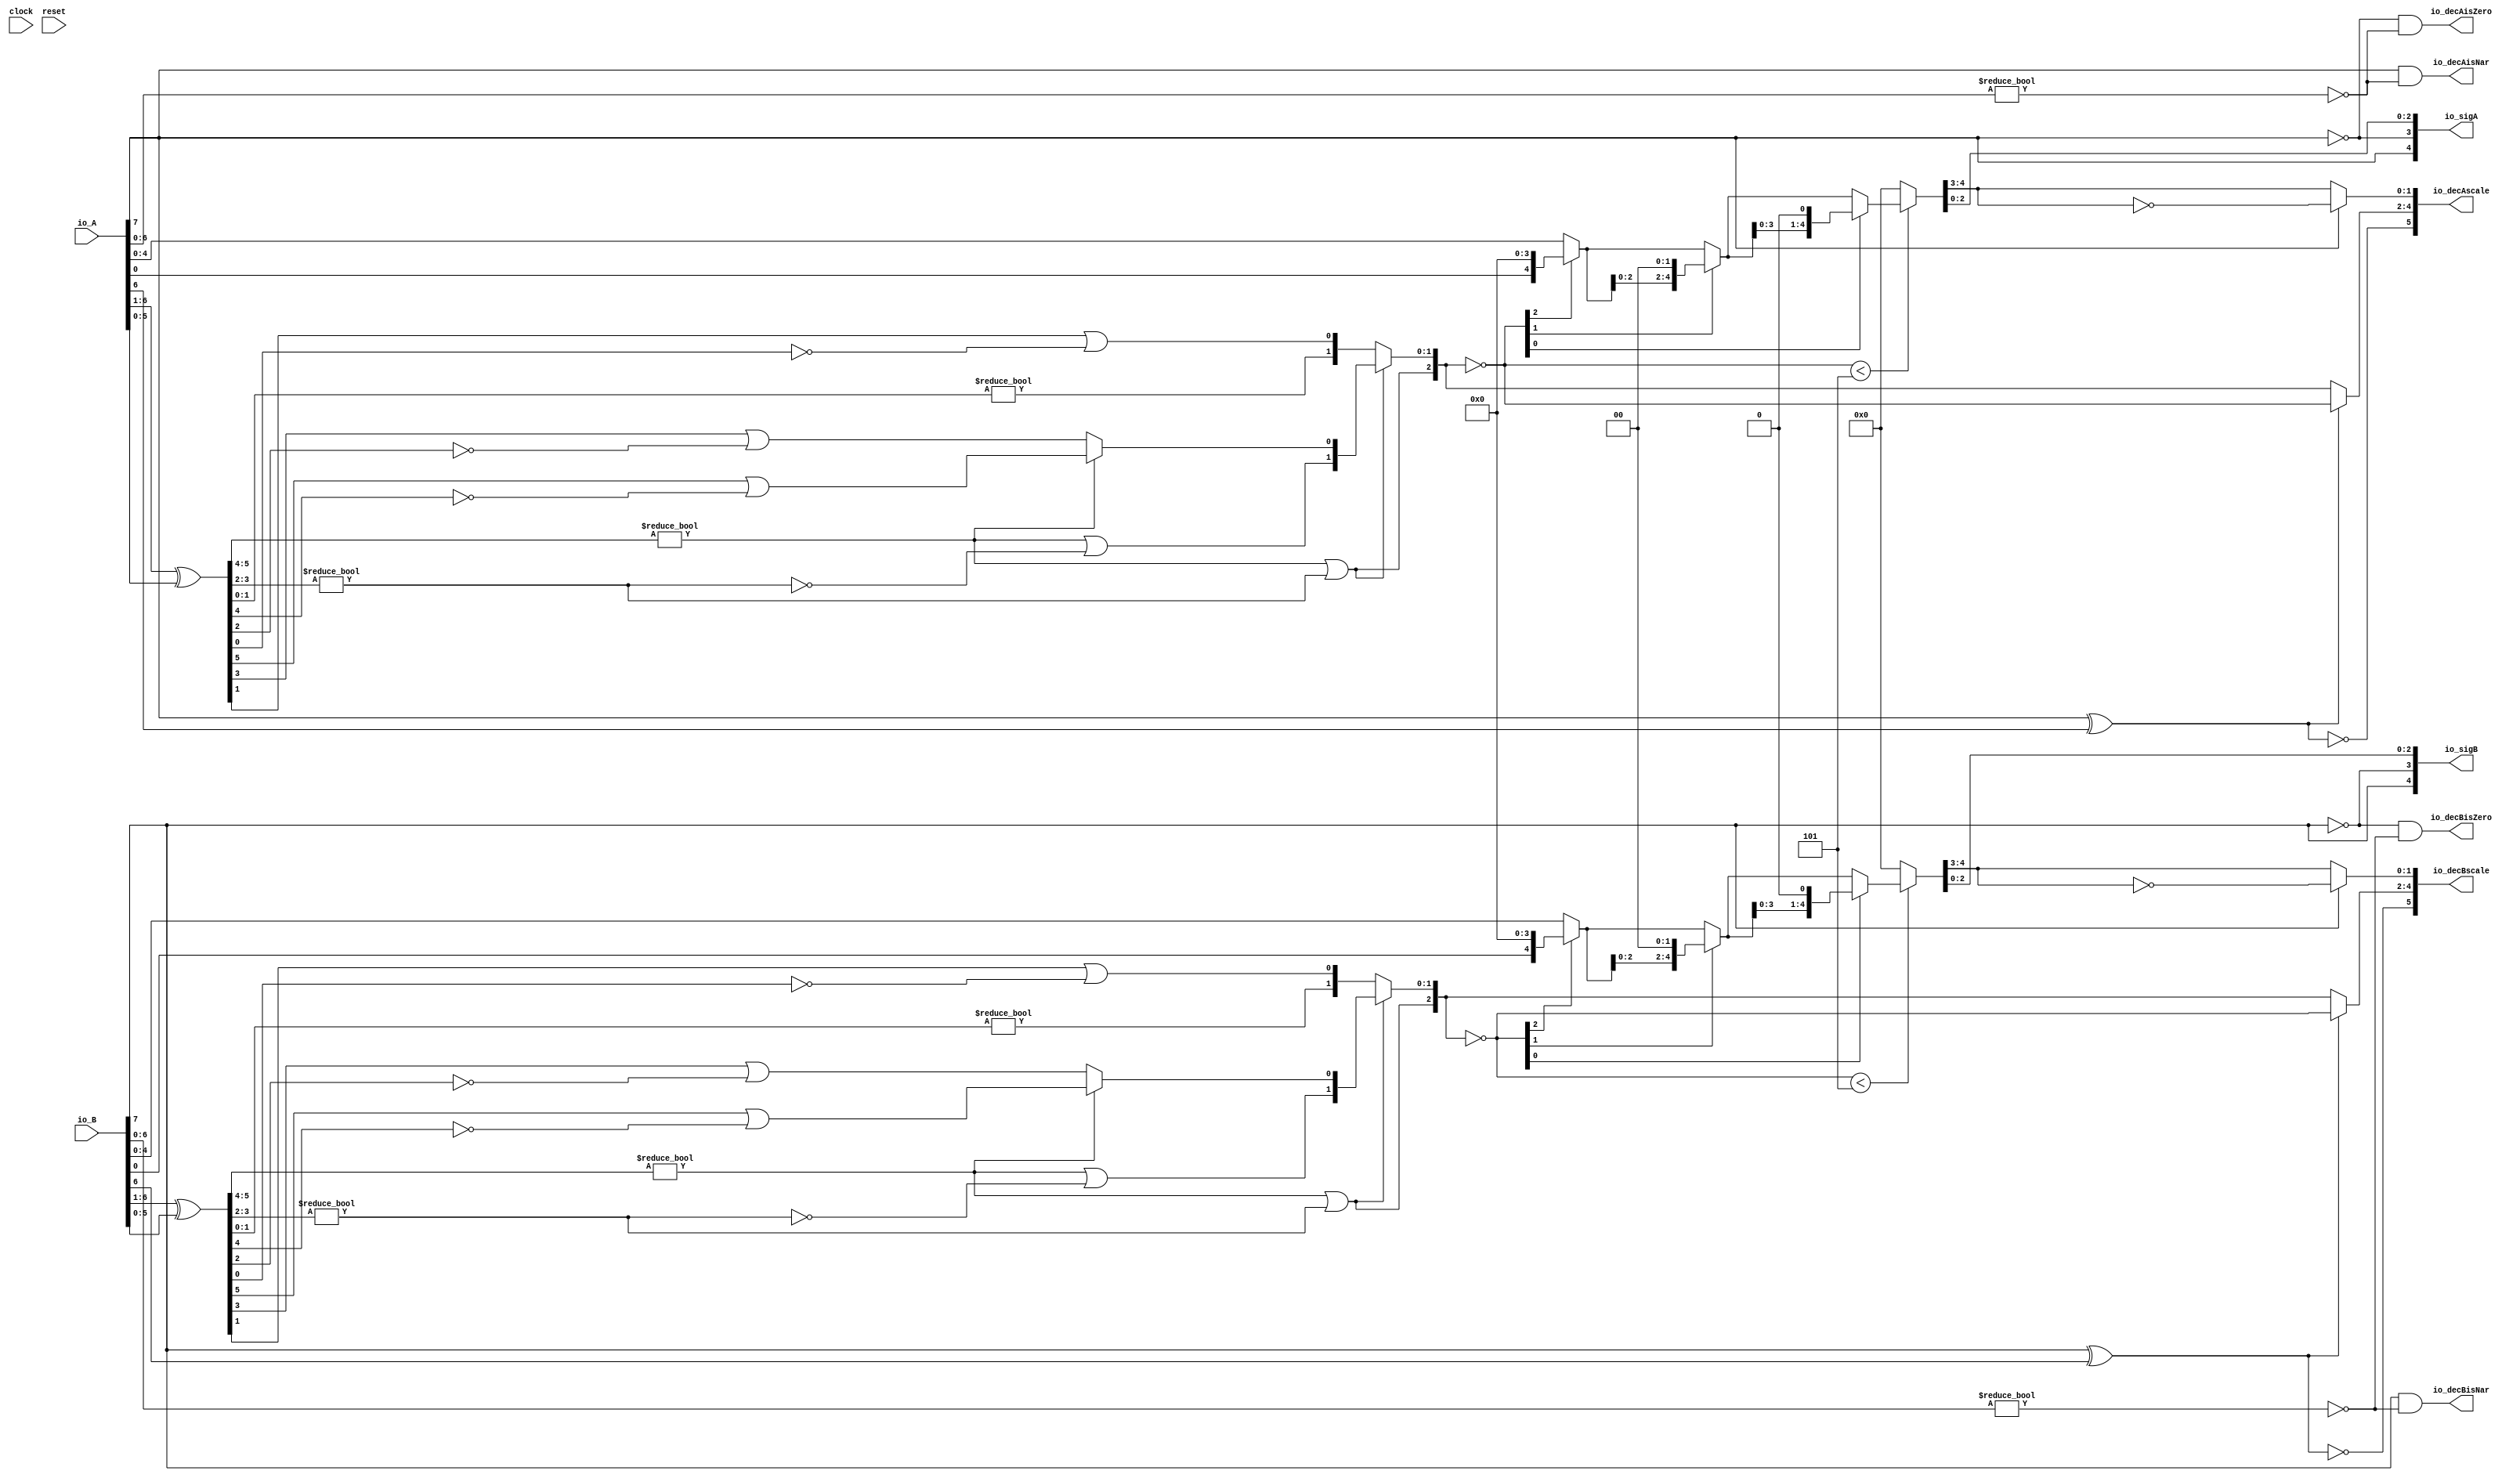
module PositMulDec8_2(
  input        clock,
  input        reset,
  input  [7:0] io_A,
  input  [7:0] io_B,
  output [4:0] io_sigA,
  output [4:0] io_sigB,
  output [5:0] io_decAscale,
  output [5:0] io_decBscale,
  output       io_decAisNar,
  output       io_decBisNar,
  output       io_decAisZero,
  output       io_decBisZero
);
  wire  _T_1; // @[convert.scala 18:24]
  wire  _T_2; // @[convert.scala 18:40]
  wire  _T_3; // @[convert.scala 18:36]
  wire [5:0] _T_4; // @[convert.scala 19:24]
  wire [5:0] _T_5; // @[convert.scala 19:43]
  wire [5:0] _T_6; // @[convert.scala 19:39]
  wire [3:0] _T_7; // @[LZD.scala 43:32]
  wire [1:0] _T_8; // @[LZD.scala 43:32]
  wire  _T_9; // @[LZD.scala 39:14]
  wire  _T_10; // @[LZD.scala 39:21]
  wire  _T_11; // @[LZD.scala 39:30]
  wire  _T_12; // @[LZD.scala 39:27]
  wire  _T_13; // @[LZD.scala 39:25]
  wire [1:0] _T_14; // @[Cat.scala 29:58]
  wire [1:0] _T_15; // @[LZD.scala 44:32]
  wire  _T_16; // @[LZD.scala 39:14]
  wire  _T_17; // @[LZD.scala 39:21]
  wire  _T_18; // @[LZD.scala 39:30]
  wire  _T_19; // @[LZD.scala 39:27]
  wire  _T_20; // @[LZD.scala 39:25]
  wire [1:0] _T_21; // @[Cat.scala 29:58]
  wire  _T_22; // @[Shift.scala 12:21]
  wire  _T_23; // @[Shift.scala 12:21]
  wire  _T_24; // @[LZD.scala 49:16]
  wire  _T_25; // @[LZD.scala 49:27]
  wire  _T_26; // @[LZD.scala 49:25]
  wire  _T_27; // @[LZD.scala 49:47]
  wire  _T_28; // @[LZD.scala 49:59]
  wire  _T_29; // @[LZD.scala 49:35]
  wire [2:0] _T_31; // @[Cat.scala 29:58]
  wire [1:0] _T_32; // @[LZD.scala 44:32]
  wire  _T_33; // @[LZD.scala 39:14]
  wire  _T_34; // @[LZD.scala 39:21]
  wire  _T_35; // @[LZD.scala 39:30]
  wire  _T_36; // @[LZD.scala 39:27]
  wire  _T_37; // @[LZD.scala 39:25]
  wire [1:0] _T_38; // @[Cat.scala 29:58]
  wire  _T_39; // @[Shift.scala 12:21]
  wire [1:0] _T_41; // @[LZD.scala 55:32]
  wire [1:0] _T_42; // @[LZD.scala 55:20]
  wire [2:0] _T_43; // @[Cat.scala 29:58]
  wire [2:0] _T_44; // @[convert.scala 21:22]
  wire [4:0] _T_45; // @[convert.scala 22:36]
  wire  _T_46; // @[Shift.scala 16:24]
  wire  _T_48; // @[Shift.scala 12:21]
  wire  _T_49; // @[Shift.scala 64:52]
  wire [4:0] _T_51; // @[Cat.scala 29:58]
  wire [4:0] _T_52; // @[Shift.scala 64:27]
  wire [1:0] _T_53; // @[Shift.scala 66:70]
  wire  _T_54; // @[Shift.scala 12:21]
  wire [2:0] _T_55; // @[Shift.scala 64:52]
  wire [4:0] _T_57; // @[Cat.scala 29:58]
  wire [4:0] _T_58; // @[Shift.scala 64:27]
  wire  _T_59; // @[Shift.scala 66:70]
  wire [3:0] _T_61; // @[Shift.scala 64:52]
  wire [4:0] _T_62; // @[Cat.scala 29:58]
  wire [4:0] _T_63; // @[Shift.scala 64:27]
  wire [4:0] _T_64; // @[Shift.scala 16:10]
  wire [1:0] _T_65; // @[convert.scala 23:34]
  wire [2:0] decA_fraction; // @[convert.scala 24:34]
  wire  _T_67; // @[convert.scala 25:26]
  wire [2:0] _T_69; // @[convert.scala 25:42]
  wire [1:0] _T_72; // @[convert.scala 26:67]
  wire [1:0] _T_73; // @[convert.scala 26:51]
  wire [5:0] _T_74; // @[Cat.scala 29:58]
  wire [6:0] _T_76; // @[convert.scala 29:56]
  wire  _T_77; // @[convert.scala 29:60]
  wire  _T_78; // @[convert.scala 29:41]
  wire  _T_81; // @[convert.scala 30:19]
  wire  _T_90; // @[convert.scala 18:24]
  wire  _T_91; // @[convert.scala 18:40]
  wire  _T_92; // @[convert.scala 18:36]
  wire [5:0] _T_93; // @[convert.scala 19:24]
  wire [5:0] _T_94; // @[convert.scala 19:43]
  wire [5:0] _T_95; // @[convert.scala 19:39]
  wire [3:0] _T_96; // @[LZD.scala 43:32]
  wire [1:0] _T_97; // @[LZD.scala 43:32]
  wire  _T_98; // @[LZD.scala 39:14]
  wire  _T_99; // @[LZD.scala 39:21]
  wire  _T_100; // @[LZD.scala 39:30]
  wire  _T_101; // @[LZD.scala 39:27]
  wire  _T_102; // @[LZD.scala 39:25]
  wire [1:0] _T_103; // @[Cat.scala 29:58]
  wire [1:0] _T_104; // @[LZD.scala 44:32]
  wire  _T_105; // @[LZD.scala 39:14]
  wire  _T_106; // @[LZD.scala 39:21]
  wire  _T_107; // @[LZD.scala 39:30]
  wire  _T_108; // @[LZD.scala 39:27]
  wire  _T_109; // @[LZD.scala 39:25]
  wire [1:0] _T_110; // @[Cat.scala 29:58]
  wire  _T_111; // @[Shift.scala 12:21]
  wire  _T_112; // @[Shift.scala 12:21]
  wire  _T_113; // @[LZD.scala 49:16]
  wire  _T_114; // @[LZD.scala 49:27]
  wire  _T_115; // @[LZD.scala 49:25]
  wire  _T_116; // @[LZD.scala 49:47]
  wire  _T_117; // @[LZD.scala 49:59]
  wire  _T_118; // @[LZD.scala 49:35]
  wire [2:0] _T_120; // @[Cat.scala 29:58]
  wire [1:0] _T_121; // @[LZD.scala 44:32]
  wire  _T_122; // @[LZD.scala 39:14]
  wire  _T_123; // @[LZD.scala 39:21]
  wire  _T_124; // @[LZD.scala 39:30]
  wire  _T_125; // @[LZD.scala 39:27]
  wire  _T_126; // @[LZD.scala 39:25]
  wire [1:0] _T_127; // @[Cat.scala 29:58]
  wire  _T_128; // @[Shift.scala 12:21]
  wire [1:0] _T_130; // @[LZD.scala 55:32]
  wire [1:0] _T_131; // @[LZD.scala 55:20]
  wire [2:0] _T_132; // @[Cat.scala 29:58]
  wire [2:0] _T_133; // @[convert.scala 21:22]
  wire [4:0] _T_134; // @[convert.scala 22:36]
  wire  _T_135; // @[Shift.scala 16:24]
  wire  _T_137; // @[Shift.scala 12:21]
  wire  _T_138; // @[Shift.scala 64:52]
  wire [4:0] _T_140; // @[Cat.scala 29:58]
  wire [4:0] _T_141; // @[Shift.scala 64:27]
  wire [1:0] _T_142; // @[Shift.scala 66:70]
  wire  _T_143; // @[Shift.scala 12:21]
  wire [2:0] _T_144; // @[Shift.scala 64:52]
  wire [4:0] _T_146; // @[Cat.scala 29:58]
  wire [4:0] _T_147; // @[Shift.scala 64:27]
  wire  _T_148; // @[Shift.scala 66:70]
  wire [3:0] _T_150; // @[Shift.scala 64:52]
  wire [4:0] _T_151; // @[Cat.scala 29:58]
  wire [4:0] _T_152; // @[Shift.scala 64:27]
  wire [4:0] _T_153; // @[Shift.scala 16:10]
  wire [1:0] _T_154; // @[convert.scala 23:34]
  wire [2:0] decB_fraction; // @[convert.scala 24:34]
  wire  _T_156; // @[convert.scala 25:26]
  wire [2:0] _T_158; // @[convert.scala 25:42]
  wire [1:0] _T_161; // @[convert.scala 26:67]
  wire [1:0] _T_162; // @[convert.scala 26:51]
  wire [5:0] _T_163; // @[Cat.scala 29:58]
  wire [6:0] _T_165; // @[convert.scala 29:56]
  wire  _T_166; // @[convert.scala 29:60]
  wire  _T_167; // @[convert.scala 29:41]
  wire  _T_170; // @[convert.scala 30:19]
  wire  _T_178; // @[PositMulDec.scala 31:34]
  wire [4:0] _T_180; // @[Cat.scala 29:58]
  wire  _T_182; // @[PositMulDec.scala 32:34]
  wire [4:0] _T_184; // @[Cat.scala 29:58]
  assign _T_1 = io_A[7]; // @[convert.scala 18:24]
  assign _T_2 = io_A[6]; // @[convert.scala 18:40]
  assign _T_3 = _T_1 ^ _T_2; // @[convert.scala 18:36]
  assign _T_4 = io_A[6:1]; // @[convert.scala 19:24]
  assign _T_5 = io_A[5:0]; // @[convert.scala 19:43]
  assign _T_6 = _T_4 ^ _T_5; // @[convert.scala 19:39]
  assign _T_7 = _T_6[5:2]; // @[LZD.scala 43:32]
  assign _T_8 = _T_7[3:2]; // @[LZD.scala 43:32]
  assign _T_9 = _T_8 != 2'h0; // @[LZD.scala 39:14]
  assign _T_10 = _T_8[1]; // @[LZD.scala 39:21]
  assign _T_11 = _T_8[0]; // @[LZD.scala 39:30]
  assign _T_12 = ~ _T_11; // @[LZD.scala 39:27]
  assign _T_13 = _T_10 | _T_12; // @[LZD.scala 39:25]
  assign _T_14 = {_T_9,_T_13}; // @[Cat.scala 29:58]
  assign _T_15 = _T_7[1:0]; // @[LZD.scala 44:32]
  assign _T_16 = _T_15 != 2'h0; // @[LZD.scala 39:14]
  assign _T_17 = _T_15[1]; // @[LZD.scala 39:21]
  assign _T_18 = _T_15[0]; // @[LZD.scala 39:30]
  assign _T_19 = ~ _T_18; // @[LZD.scala 39:27]
  assign _T_20 = _T_17 | _T_19; // @[LZD.scala 39:25]
  assign _T_21 = {_T_16,_T_20}; // @[Cat.scala 29:58]
  assign _T_22 = _T_14[1]; // @[Shift.scala 12:21]
  assign _T_23 = _T_21[1]; // @[Shift.scala 12:21]
  assign _T_24 = _T_22 | _T_23; // @[LZD.scala 49:16]
  assign _T_25 = ~ _T_23; // @[LZD.scala 49:27]
  assign _T_26 = _T_22 | _T_25; // @[LZD.scala 49:25]
  assign _T_27 = _T_14[0:0]; // @[LZD.scala 49:47]
  assign _T_28 = _T_21[0:0]; // @[LZD.scala 49:59]
  assign _T_29 = _T_22 ? _T_27 : _T_28; // @[LZD.scala 49:35]
  assign _T_31 = {_T_24,_T_26,_T_29}; // @[Cat.scala 29:58]
  assign _T_32 = _T_6[1:0]; // @[LZD.scala 44:32]
  assign _T_33 = _T_32 != 2'h0; // @[LZD.scala 39:14]
  assign _T_34 = _T_32[1]; // @[LZD.scala 39:21]
  assign _T_35 = _T_32[0]; // @[LZD.scala 39:30]
  assign _T_36 = ~ _T_35; // @[LZD.scala 39:27]
  assign _T_37 = _T_34 | _T_36; // @[LZD.scala 39:25]
  assign _T_38 = {_T_33,_T_37}; // @[Cat.scala 29:58]
  assign _T_39 = _T_31[2]; // @[Shift.scala 12:21]
  assign _T_41 = _T_31[1:0]; // @[LZD.scala 55:32]
  assign _T_42 = _T_39 ? _T_41 : _T_38; // @[LZD.scala 55:20]
  assign _T_43 = {_T_39,_T_42}; // @[Cat.scala 29:58]
  assign _T_44 = ~ _T_43; // @[convert.scala 21:22]
  assign _T_45 = io_A[4:0]; // @[convert.scala 22:36]
  assign _T_46 = _T_44 < 3'h5; // @[Shift.scala 16:24]
  assign _T_48 = _T_44[2]; // @[Shift.scala 12:21]
  assign _T_49 = _T_45[0:0]; // @[Shift.scala 64:52]
  assign _T_51 = {_T_49,4'h0}; // @[Cat.scala 29:58]
  assign _T_52 = _T_48 ? _T_51 : _T_45; // @[Shift.scala 64:27]
  assign _T_53 = _T_44[1:0]; // @[Shift.scala 66:70]
  assign _T_54 = _T_53[1]; // @[Shift.scala 12:21]
  assign _T_55 = _T_52[2:0]; // @[Shift.scala 64:52]
  assign _T_57 = {_T_55,2'h0}; // @[Cat.scala 29:58]
  assign _T_58 = _T_54 ? _T_57 : _T_52; // @[Shift.scala 64:27]
  assign _T_59 = _T_53[0:0]; // @[Shift.scala 66:70]
  assign _T_61 = _T_58[3:0]; // @[Shift.scala 64:52]
  assign _T_62 = {_T_61,1'h0}; // @[Cat.scala 29:58]
  assign _T_63 = _T_59 ? _T_62 : _T_58; // @[Shift.scala 64:27]
  assign _T_64 = _T_46 ? _T_63 : 5'h0; // @[Shift.scala 16:10]
  assign _T_65 = _T_64[4:3]; // @[convert.scala 23:34]
  assign decA_fraction = _T_64[2:0]; // @[convert.scala 24:34]
  assign _T_67 = _T_3 == 1'h0; // @[convert.scala 25:26]
  assign _T_69 = _T_3 ? _T_44 : _T_43; // @[convert.scala 25:42]
  assign _T_72 = ~ _T_65; // @[convert.scala 26:67]
  assign _T_73 = _T_1 ? _T_72 : _T_65; // @[convert.scala 26:51]
  assign _T_74 = {_T_67,_T_69,_T_73}; // @[Cat.scala 29:58]
  assign _T_76 = io_A[6:0]; // @[convert.scala 29:56]
  assign _T_77 = _T_76 != 7'h0; // @[convert.scala 29:60]
  assign _T_78 = ~ _T_77; // @[convert.scala 29:41]
  assign _T_81 = _T_1 == 1'h0; // @[convert.scala 30:19]
  assign _T_90 = io_B[7]; // @[convert.scala 18:24]
  assign _T_91 = io_B[6]; // @[convert.scala 18:40]
  assign _T_92 = _T_90 ^ _T_91; // @[convert.scala 18:36]
  assign _T_93 = io_B[6:1]; // @[convert.scala 19:24]
  assign _T_94 = io_B[5:0]; // @[convert.scala 19:43]
  assign _T_95 = _T_93 ^ _T_94; // @[convert.scala 19:39]
  assign _T_96 = _T_95[5:2]; // @[LZD.scala 43:32]
  assign _T_97 = _T_96[3:2]; // @[LZD.scala 43:32]
  assign _T_98 = _T_97 != 2'h0; // @[LZD.scala 39:14]
  assign _T_99 = _T_97[1]; // @[LZD.scala 39:21]
  assign _T_100 = _T_97[0]; // @[LZD.scala 39:30]
  assign _T_101 = ~ _T_100; // @[LZD.scala 39:27]
  assign _T_102 = _T_99 | _T_101; // @[LZD.scala 39:25]
  assign _T_103 = {_T_98,_T_102}; // @[Cat.scala 29:58]
  assign _T_104 = _T_96[1:0]; // @[LZD.scala 44:32]
  assign _T_105 = _T_104 != 2'h0; // @[LZD.scala 39:14]
  assign _T_106 = _T_104[1]; // @[LZD.scala 39:21]
  assign _T_107 = _T_104[0]; // @[LZD.scala 39:30]
  assign _T_108 = ~ _T_107; // @[LZD.scala 39:27]
  assign _T_109 = _T_106 | _T_108; // @[LZD.scala 39:25]
  assign _T_110 = {_T_105,_T_109}; // @[Cat.scala 29:58]
  assign _T_111 = _T_103[1]; // @[Shift.scala 12:21]
  assign _T_112 = _T_110[1]; // @[Shift.scala 12:21]
  assign _T_113 = _T_111 | _T_112; // @[LZD.scala 49:16]
  assign _T_114 = ~ _T_112; // @[LZD.scala 49:27]
  assign _T_115 = _T_111 | _T_114; // @[LZD.scala 49:25]
  assign _T_116 = _T_103[0:0]; // @[LZD.scala 49:47]
  assign _T_117 = _T_110[0:0]; // @[LZD.scala 49:59]
  assign _T_118 = _T_111 ? _T_116 : _T_117; // @[LZD.scala 49:35]
  assign _T_120 = {_T_113,_T_115,_T_118}; // @[Cat.scala 29:58]
  assign _T_121 = _T_95[1:0]; // @[LZD.scala 44:32]
  assign _T_122 = _T_121 != 2'h0; // @[LZD.scala 39:14]
  assign _T_123 = _T_121[1]; // @[LZD.scala 39:21]
  assign _T_124 = _T_121[0]; // @[LZD.scala 39:30]
  assign _T_125 = ~ _T_124; // @[LZD.scala 39:27]
  assign _T_126 = _T_123 | _T_125; // @[LZD.scala 39:25]
  assign _T_127 = {_T_122,_T_126}; // @[Cat.scala 29:58]
  assign _T_128 = _T_120[2]; // @[Shift.scala 12:21]
  assign _T_130 = _T_120[1:0]; // @[LZD.scala 55:32]
  assign _T_131 = _T_128 ? _T_130 : _T_127; // @[LZD.scala 55:20]
  assign _T_132 = {_T_128,_T_131}; // @[Cat.scala 29:58]
  assign _T_133 = ~ _T_132; // @[convert.scala 21:22]
  assign _T_134 = io_B[4:0]; // @[convert.scala 22:36]
  assign _T_135 = _T_133 < 3'h5; // @[Shift.scala 16:24]
  assign _T_137 = _T_133[2]; // @[Shift.scala 12:21]
  assign _T_138 = _T_134[0:0]; // @[Shift.scala 64:52]
  assign _T_140 = {_T_138,4'h0}; // @[Cat.scala 29:58]
  assign _T_141 = _T_137 ? _T_140 : _T_134; // @[Shift.scala 64:27]
  assign _T_142 = _T_133[1:0]; // @[Shift.scala 66:70]
  assign _T_143 = _T_142[1]; // @[Shift.scala 12:21]
  assign _T_144 = _T_141[2:0]; // @[Shift.scala 64:52]
  assign _T_146 = {_T_144,2'h0}; // @[Cat.scala 29:58]
  assign _T_147 = _T_143 ? _T_146 : _T_141; // @[Shift.scala 64:27]
  assign _T_148 = _T_142[0:0]; // @[Shift.scala 66:70]
  assign _T_150 = _T_147[3:0]; // @[Shift.scala 64:52]
  assign _T_151 = {_T_150,1'h0}; // @[Cat.scala 29:58]
  assign _T_152 = _T_148 ? _T_151 : _T_147; // @[Shift.scala 64:27]
  assign _T_153 = _T_135 ? _T_152 : 5'h0; // @[Shift.scala 16:10]
  assign _T_154 = _T_153[4:3]; // @[convert.scala 23:34]
  assign decB_fraction = _T_153[2:0]; // @[convert.scala 24:34]
  assign _T_156 = _T_92 == 1'h0; // @[convert.scala 25:26]
  assign _T_158 = _T_92 ? _T_133 : _T_132; // @[convert.scala 25:42]
  assign _T_161 = ~ _T_154; // @[convert.scala 26:67]
  assign _T_162 = _T_90 ? _T_161 : _T_154; // @[convert.scala 26:51]
  assign _T_163 = {_T_156,_T_158,_T_162}; // @[Cat.scala 29:58]
  assign _T_165 = io_B[6:0]; // @[convert.scala 29:56]
  assign _T_166 = _T_165 != 7'h0; // @[convert.scala 29:60]
  assign _T_167 = ~ _T_166; // @[convert.scala 29:41]
  assign _T_170 = _T_90 == 1'h0; // @[convert.scala 30:19]
  assign _T_178 = ~ _T_1; // @[PositMulDec.scala 31:34]
  assign _T_180 = {_T_1,_T_178,decA_fraction}; // @[Cat.scala 29:58]
  assign _T_182 = ~ _T_90; // @[PositMulDec.scala 32:34]
  assign _T_184 = {_T_90,_T_182,decB_fraction}; // @[Cat.scala 29:58]
  assign io_sigA = $signed(_T_180); // @[PositMulDec.scala 31:16]
  assign io_sigB = $signed(_T_184); // @[PositMulDec.scala 32:16]
  assign io_decAscale = $signed(_T_74); // @[PositMulDec.scala 33:16]
  assign io_decBscale = $signed(_T_163); // @[PositMulDec.scala 34:16]
  assign io_decAisNar = _T_1 & _T_78; // @[PositMulDec.scala 35:16]
  assign io_decBisNar = _T_90 & _T_167; // @[PositMulDec.scala 36:16]
  assign io_decAisZero = _T_81 & _T_78; // @[PositMulDec.scala 37:17]
  assign io_decBisZero = _T_170 & _T_167; // @[PositMulDec.scala 38:17]
endmodule